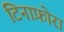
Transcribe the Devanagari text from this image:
टिनाफ़ोरा